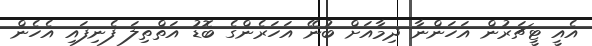
އެއީ ޓީޗަރުން އަހަންނާ ދިމާއަށް ބުނޭ އަހަރެންގެ ބޮޑު އަތްތިލަ ފެނިފައި އެހެން